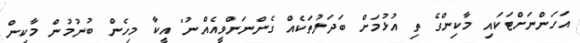
އަހަންނަށްޓަކައި މާކިންގެ ތި އުޅުމަށް ބަދަލުތަކެއް ގެންނަންވީއެއްނު" އީކާ މިހެން ބުނުމުން މާކިން